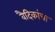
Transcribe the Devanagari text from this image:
वैदिकांचा